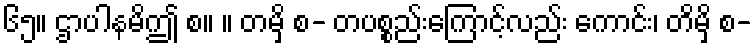
၆၅။ ဌာပါနမိဤ စ။ ။ တမှိ စ- တပစ္စည်းကြောင့်လည်း ကောင်း၊ တိမှိ စ-